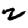
Digit: 2